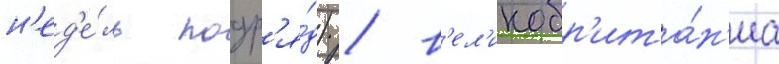
н'ед'е́ль подр'я́д) / в'ел'икобр'ита́н'иа